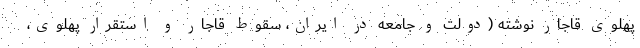
پهلوی قاجار نوشته (دولت و جامعه در ایران، سقوط قاجار و استقرار پهلوی،